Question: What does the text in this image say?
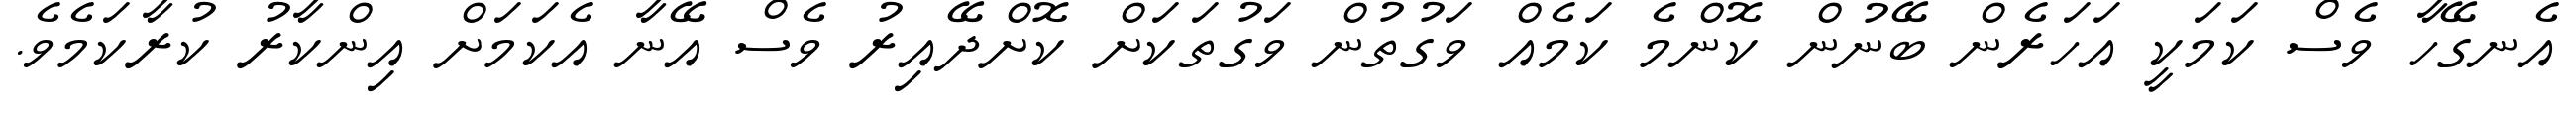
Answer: އެނގޭހާ ވެސް ކަމަކީ އަހަރެން ބޭނުން ކޮންމެ ކަމެއް ވަގުތުން ވަގުތަކަށް ކޮށްދޭއިރު ވެސް އޭނާ އެކަމަށް އިންކާރު ކުރާކަމެވެ.